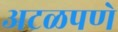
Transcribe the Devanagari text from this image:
अटळपणे